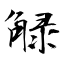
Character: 觮